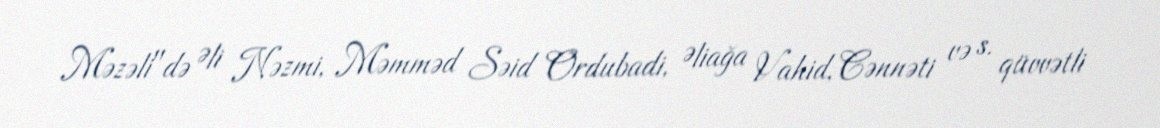
Məzəli"də Əli Nəzmi, Məmməd Səid Ordubadi, Əliağa Vahid, Cənnəti və s. qüvvətli